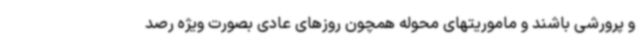
و پرورشی باشند و ماموریتهای محوله همچون روزهای عادی بصورت ویژه رصد